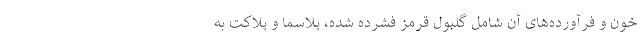
خون و فرآورده‌های آن شامل گلبول قرمز فشرده شده، پلاسما و پلاکت به